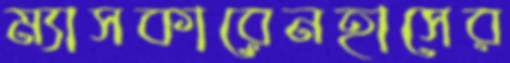
ম্যাসকারেনহাসের